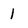
Character: 1